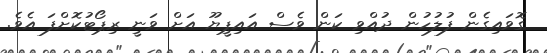
ގޮވައިގެން ފުލުހުން ދުއްވި ކަން ވެސް އައިޕީޔޫ އަށް ވަނީ ރިޕޯޓުކޮށްފަ އެވެ.